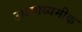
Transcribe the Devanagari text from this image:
उच्चमाध्यमीक